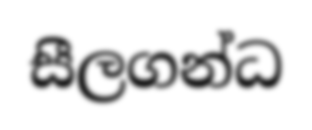
සීලගන්ධ